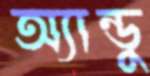
অ্যান্ডু